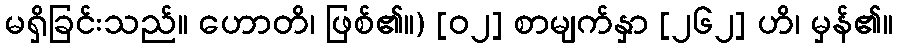
မရှိခြင်းသည်။ ဟောတိ၊ ဖြစ်၏။) [၀၂] စာမျက်နှာ [၂၆၂] ဟိ၊ မှန်၏။